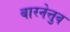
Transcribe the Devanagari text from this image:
बारनेत्तुव